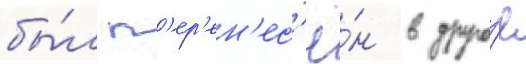
бы́л п'ер'ен'ес'ё́н в друго́е